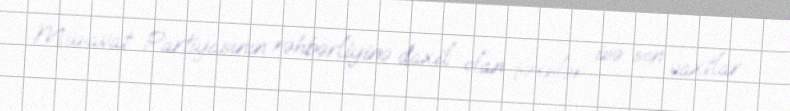
Müsavat Partiyasının rəhbərliyinə daxil olan şəxslər isə son vaxtlar